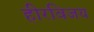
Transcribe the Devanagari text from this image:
हीरविजय